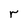
Character: r